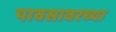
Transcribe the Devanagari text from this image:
पावसावरच्या